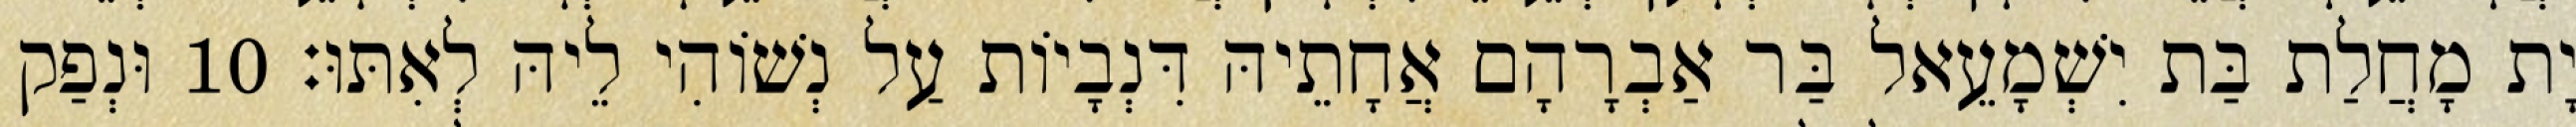
יָת מָחֲלַת בַּת יִשְׁמָעֵאל בַּר אַבְרָהָם אֲחָתֵיהּ דִּנְבָיוֹת עַל נְשׁוֹהִי לֵיהּ לְאִתּוּ׃ 10 וּנְפַק